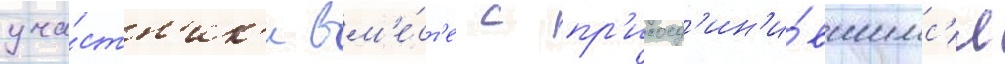
уча́стн'ик'и вм'е́ст'е с пр'исоед'ин'и́вшимс'я